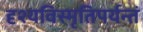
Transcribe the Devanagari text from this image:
दृश्यविस्मृतिपर्यन्तं